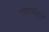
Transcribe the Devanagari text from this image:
रावणसंहिता